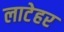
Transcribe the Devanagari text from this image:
लाटेहर